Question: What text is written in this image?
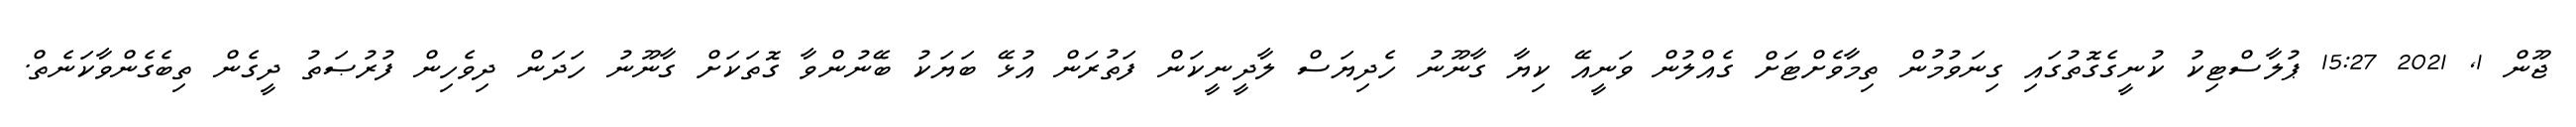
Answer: ޖޫން 1, 2021 15:27 ޕުލާސްޓިކު ކުނީގެގޮތުގައި ގިނަވުމުން ތިމާވެށްޓަށް ގެއްލުން ވަނީއޭ ކިޔާ ގާނޫނު ހެދިޔަސް ލާދީނީކަން ފަތުރަން އުޅޭ ބަޔަކު ބޭނުންވާ ގޮތަކަށް ގާނޫނު ހަދަން ދިވެހިން ފުރުޞަތު ދީގެން ތިބެގެންވާކަނެތް.